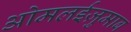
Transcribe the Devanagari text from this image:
ओमलईज़ुमाब